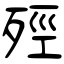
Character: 殌